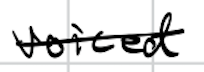
Text: voiced
Cross-out: single-line
Writing tool: digital_black